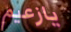
يازعيم